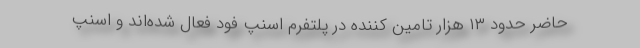
حاضر حدود ۱۳ هزار تامین کننده در پلتفرم اسنپ فود فعال شده‌اند و اسنپ